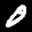
Label: 0